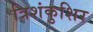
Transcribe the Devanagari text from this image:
त्रिशंकुशिर